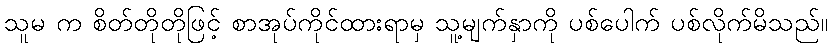
သူမ က စိတ်တိုတိုဖြင့် စာအုပ်ကိုင်ထားရာမှ သူ့မျက်နှာကို ပစ်ပေါက် ပစ်လိုက်မိသည်။